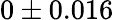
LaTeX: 0\pm 0.016